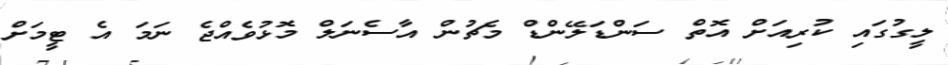
ލީގުގައި ކުރިއަށް އޮތް ސަންޑަލޭންޑް މެޗުން އާސެނަލް މޮޅުވެއްޖެ ނަމަ އެ ޓީމަށް